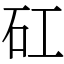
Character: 矼